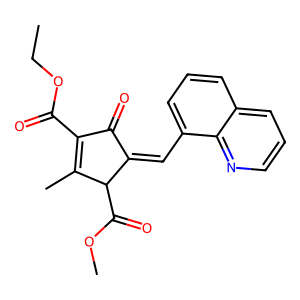
SMILES: CCOC(=O)C1=C(C)C(C(=O)OC)C(=Cc2cccc3cccnc23)C1=O
Inhibits HIV replication: No